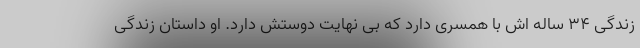
زندگی ۳۴ ساله اش با همسری دارد که بی نهایت دوستش دارد. او داستان زندگی